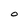
Character: O